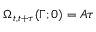
\Omega _ { t , t + \tau } ( \Gamma ; 0 ) = A \tau